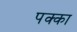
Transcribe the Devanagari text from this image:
पक्‍का